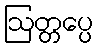
ဩတ္တပ္ပေ